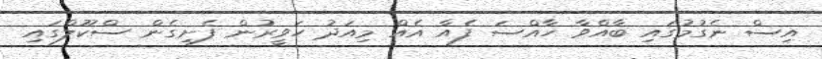
އިސް ނެގުމުގައި ބާއްވާ ހާއްސަ ފެއާ އެއް މިއަދު ހަވީރުން ފެށިގެން ސްކޫލްގައި